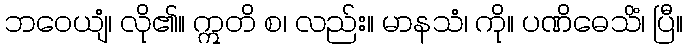
ဘဝေယျံ၊ လို၏။ ဣတိ စ၊ လည်း။ မာနသံ၊ ကို။ ပဏိဓေသိံ၊ ပြီ။